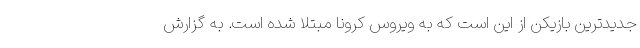
جدیدترین بازیکن از این است که به ویروس کرونا مبتلا شده است. به گزارش